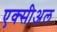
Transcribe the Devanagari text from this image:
एक्सीअल